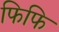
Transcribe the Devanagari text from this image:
फिफि